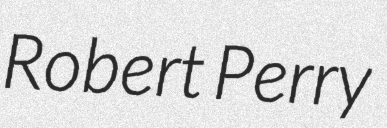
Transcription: Robert Perry